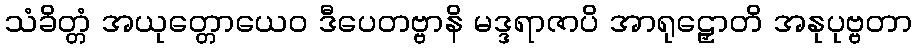
သံခိတ္တံ အယုတ္တောယေဝ ဒီပေတဗ္ဗာနိ မဒ္ဒရာဇာပိ အာရုဠှောတိ အနုပုဗ္ဗတာ